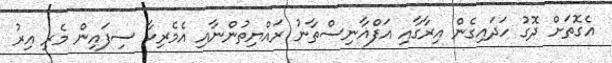
އެގޮތަށް ދޮގު ހަދައިގެން އިރާގާއި އަފްޣާނިސްތާނު ރައްޔިތުންނާއި އެމެރިކާ ސިފައިން މެރި އިރު